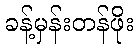
ခန့်မှန်းတန်ဖိုး